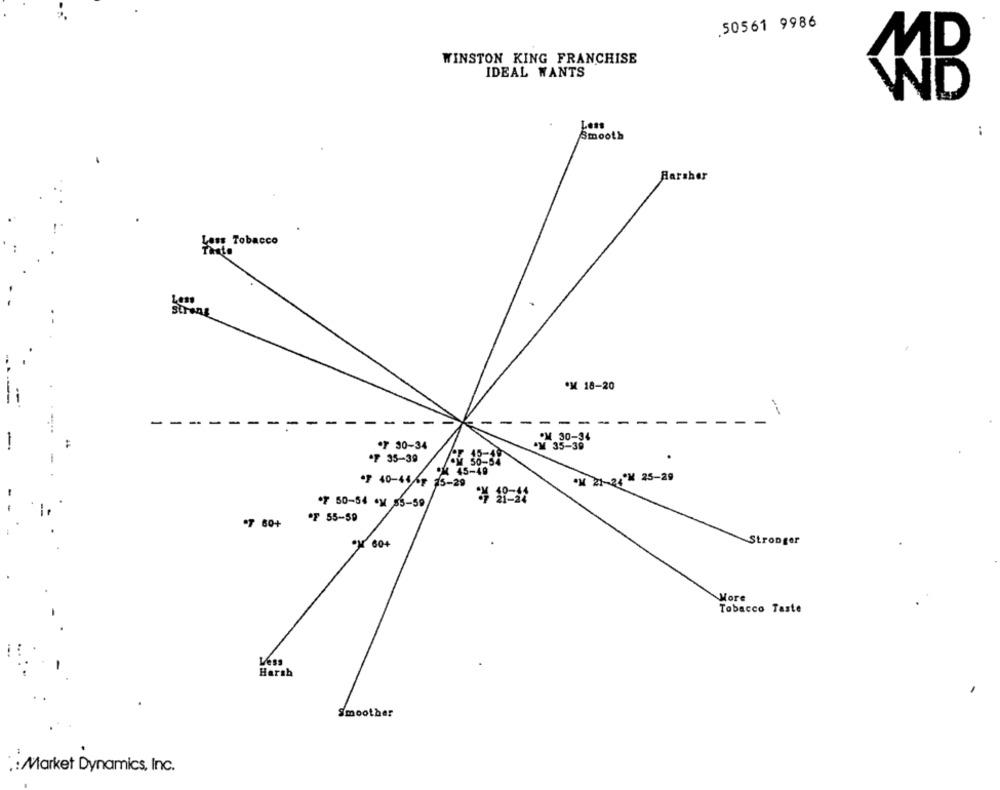
.50561 9986
WINSTON KING FRANCHISE
IDEAL WANTS
Lent
Smooth
Harsher
Less Tobacco
Strong
·X 18-20
-
--
-
-
- -
-
OM 30-34
.F 30-34
.M 35-39
.F 35-39
** 45-49
*H 21-24'X 25-29
*F 40-446 75-29
*7 50-54 4 83-59
OF 55-59
*7 60+
OM 604
Stronger
More
Tobacco Taste
Less
Harsh
Smoother
: Market Dynamics, Inc.